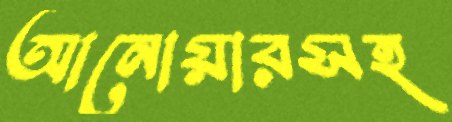
আনোয়ারসহ